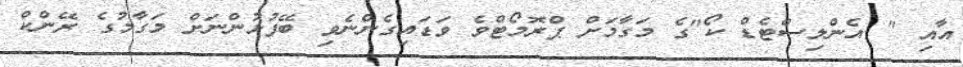
އާއި " އެންލިސްޓެޑް ކޯ"ގެ މަގާމަށް ޕްރޮމޯޓްވެ ވަޑައިގެންނެވި ބޭފުޅުންނަށް މަގާމުގެ ރޭންކް